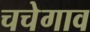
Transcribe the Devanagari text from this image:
चचेगाव